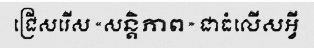
ជ្រើសរើស «សន្តិភាព» ជាធំលើសអ្វី